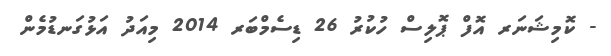
- ކޮމިޝަނަރ އޮފް ޕޮލިސް ހުކުރު 26 ޑިސެމްބަރ 2014 މިއަދު އަޅުގަނޑުމެން